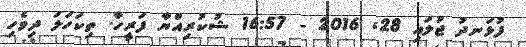
ފުޅަނދު ޖުލައި 28